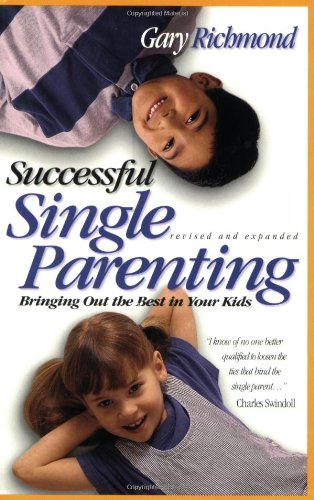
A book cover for Successful Single Parenting; Gary Richmond; Parenting & Relationships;